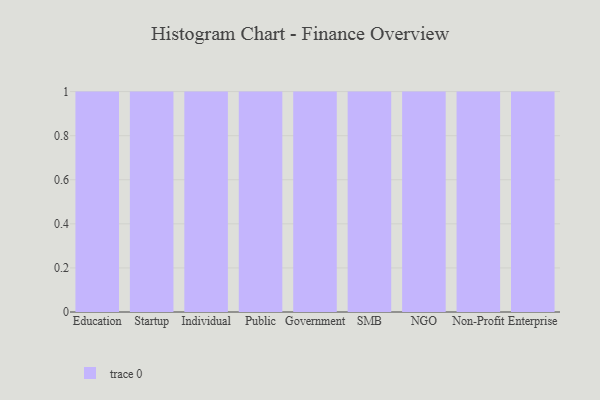
{"axis": {"x": "Segment", "y": "Active Users"}, "legend": [""], "data": [{"x": "Education", "y": 8, "type": ""}, {"x": "Startup", "y": 76, "type": ""}, {"x": "Individual", "y": 16, "type": ""}, {"x": "Public", "y": 41, "type": ""}, {"x": "Government", "y": 96, "type": ""}, {"x": "SMB", "y": 1, "type": ""}, {"x": "NGO", "y": 12, "type": ""}, {"x": "Non-Profit", "y": 58, "type": ""}, {"x": "Enterprise", "y": 75, "type": ""}]}